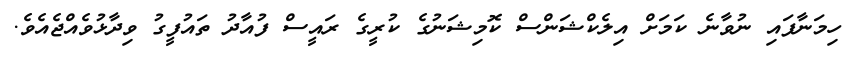
ހިމަނާފައި ނުވާނެ ކަމަށް އިލެކްޝަންސް ކޮމިޝަނުގެ ކުރީގެ ރައީސް ފުއާދު ތައުފީގު ވިދާޅުވެއްޖެއެވެ.